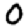
Digit: 0